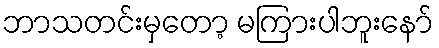
ဘာသတင်းမှတော့ မကြားပါဘူးနော်